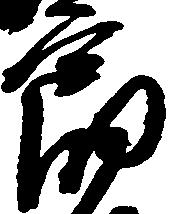
郎